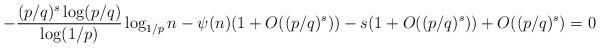
LaTeX: \begin{align*} -\frac{(p/q)^s\log(p/q)}{\log(1/p)}\log_{1/p} n - \psi(n)(1 + O((p/q)^s)) - s(1 + O((p/q)^s)) + O((p/q)^s) = 0 \end{align*}